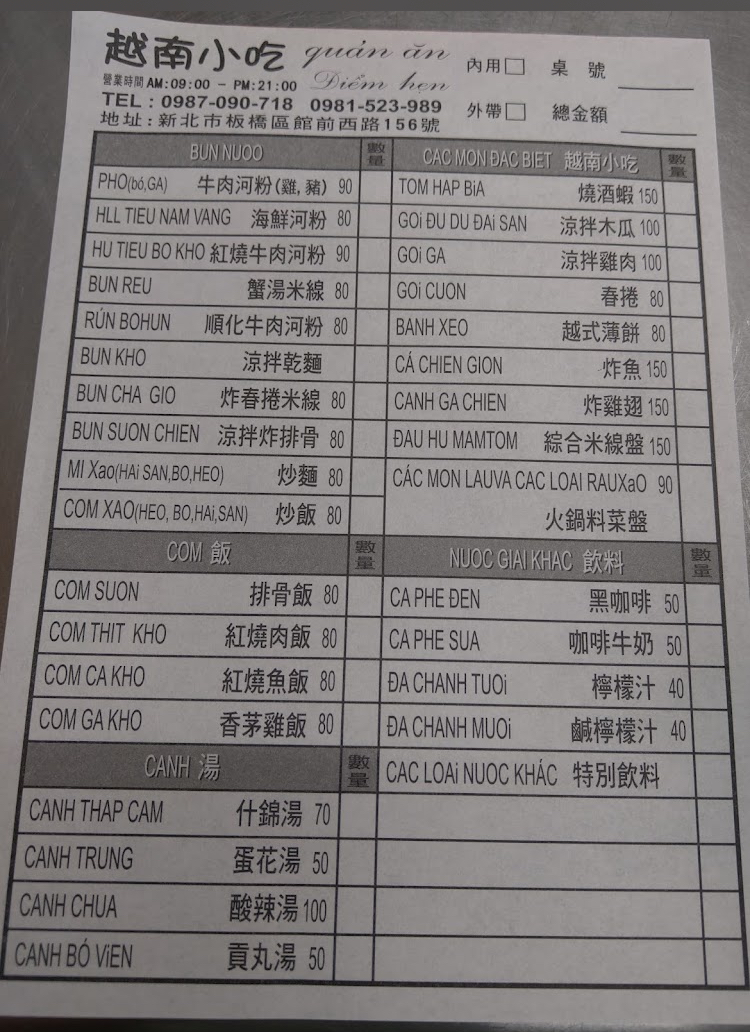
餐廳：越南小吃yartinzar
地址：新北市板橋區館前西路156號
電話：0987-090-718,0981-523-989
營業時間：AM:09:00-PM:21:00
菜單：
name: 牛肉河粉(雞，豬)
price: 90
name: 燒酒蝦
price: 150
name: 海鮮河粉
price: 80
name: 涼拌木瓜
price: 100
name: 紅燒牛肉河粉
price: 90
name: 涼拌雞肉
price: 100
name: 蟹湯米線
price: 80
name: 春捲
price: 80
name: 順化牛肉河粉
price: 80
name: 越式薄餅
price: 80
name: 涼拌乾麵
price: -1
name: 炸魚
price: 150
name: 炸春捲米線
price: 80
name: 炸雞翅
price: 150
name: 涼拌炸排骨
price: 80
name: 綜合米線盤
price: 150
name: 火鍋料菜盤
price: 90
name: 炒麵
price: 80
name: 炒飯
price: 80
name: 排骨飯
price: 80
name: 紅燒肉飯
price: 80
name: 紅燒魚飯
price: 80
name: 香茅雞飯
price: 80
name: 黑咖啡
price: 50
name: 咖啡牛奶
price: 50
name: 檸檬汁
price: 40
name: 鹹檸檬汁
price: 40
name: 特別飲料
price: -1
name: 什錦湯
price: 70
name: 蛋花湯
price: 50
name: 酸辣湯
price: 100
name: 貢丸湯
price: 50